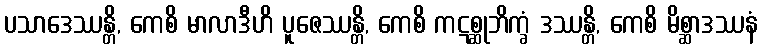
ပသာဒေဿန္တိ, ကေစိ မာလာဒီဟိ ပူဇေဿန္တိ, ကေစိ ကဋစ္ဆုဘိက္ခံ ဒဿန္တိ, ကေစိ မိစ္ဆာဒဿနံ